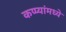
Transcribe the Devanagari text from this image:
कप्प्यांमध्ये